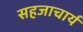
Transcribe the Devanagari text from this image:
सहजाचार्य